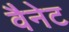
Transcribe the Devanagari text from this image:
वैनेट